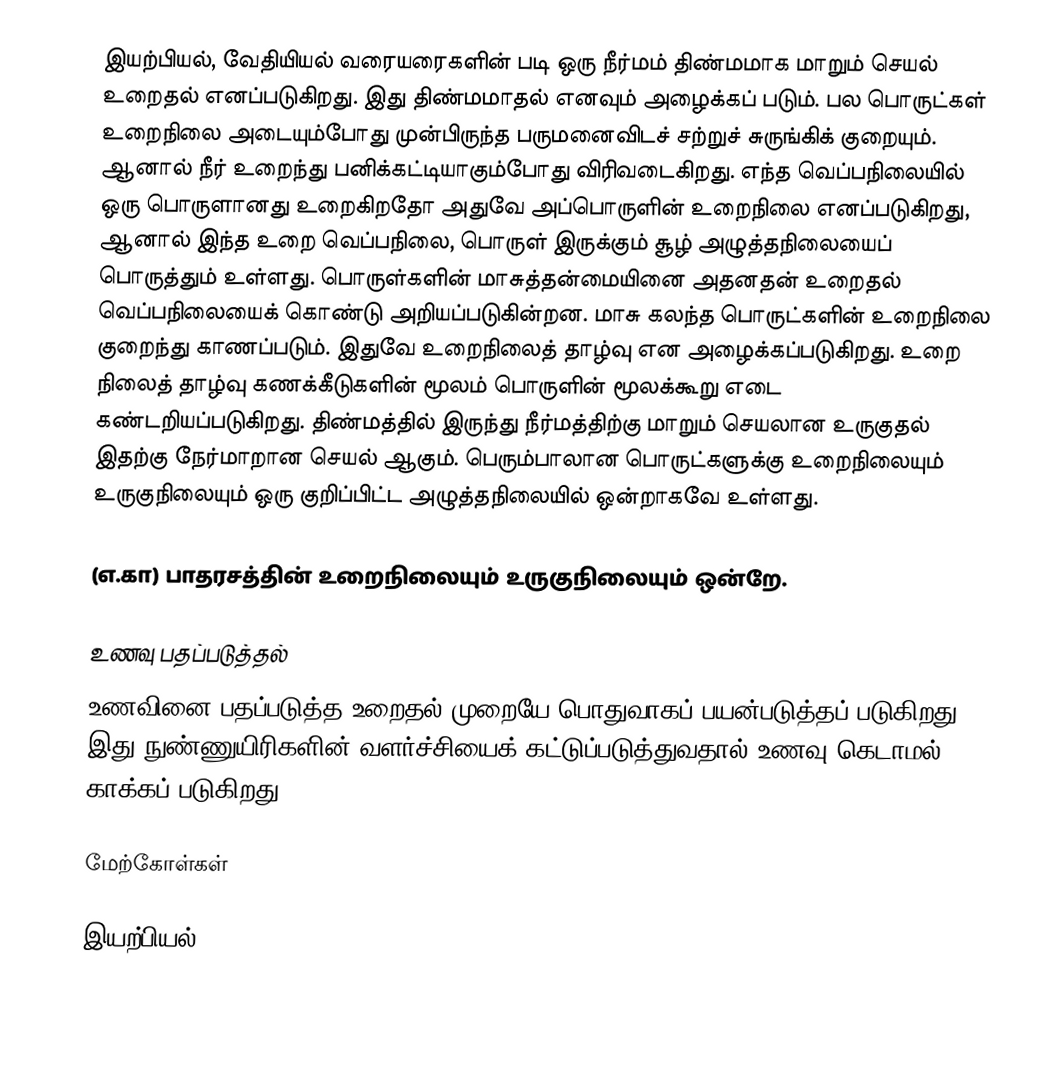
இயற்பியல், வேதியியல் வரையரைகளின் படி ஒரு நீர்மம் திண்மமாக மாறும் செயல் உறைதல் எனப்படுகிறது. இது திண்மமாதல் எனவும் அழைக்கப் படும். பல பொருட்கள் உறைநிலை அடையும்போது முன்பிருந்த பருமனைவிடச் சற்றுச் சுருங்கிக் குறையும். ஆனால் நீர் உறைந்து பனிக்கட்டியாகும்போது விரிவடைகிறது. எந்த வெப்பநிலையில் ஒரு பொருளானது உறைகிறதோ அதுவே அப்பொருளின் உறைநிலை எனப்படுகிறது, ஆனால் இந்த உறை வெப்பநிலை, பொருள் இருக்கும் சூழ் அழுத்தநிலையைப் பொருத்தும் உள்ளது. பொருள்களின் மாசுத்தன்மையினை அதனதன் உறைதல் வெப்பநிலையைக் கொண்டு அறியப்படுகின்றன. மாசு கலந்த பொருட்களின் உறைநிலை குறைந்து காணப்படும். இதுவே உறைநிலைத் தாழ்வு என அழைக்கப்படுகிறது. உறை நிலைத் தாழ்வு கணக்கீடுகளின் மூலம் பொருளின் மூலக்கூறு எடை கண்டறியப்படுகிறது. திண்மத்தில் இருந்து நீர்மத்திற்கு மாறும் செயலான உருகுதல் இதற்கு நேர்மாறான செயல் ஆகும். பெரும்பாலான பொருட்களுக்கு உறைநிலையும் உருகுநிலையும் ஒரு குறிப்பிட்ட அழுத்தநிலையில் ஒன்றாகவே உள்ளது.

(எ.கா) பாதரசத்தின் உறைநிலையும் உருகுநிலையும் ஒன்றே.

உணவு பதப்படுத்தல்
உணவினை பதப்படுத்த உறைதல் முறையே பொதுவாகப் பயன்படுத்தப் படுகிறது. இது நுண்ணுயிரிகளின் வளர்ச்சியைக் கட்டுப்படுத்துவதால் உணவு கெடாமல் காக்கப் படுகிறது.

மேற்கோள்கள்

இயற்பியல்